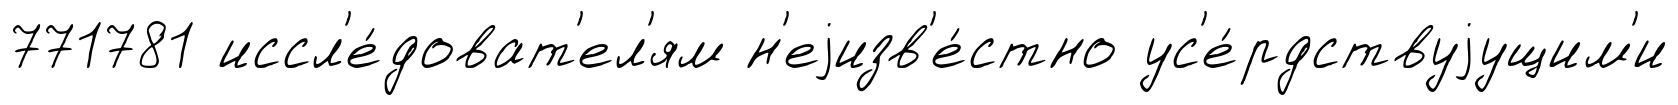
771781 иссл'е́доват'ел'ям н'еjизв'е́стно ус'е́рдствуjущим'и